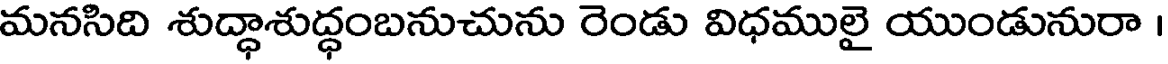
మనసిది శుద్ధాశుద్ధంబనుచును రెండు విధములై యుండునురా